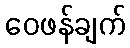
ဝေဖန်ချက်